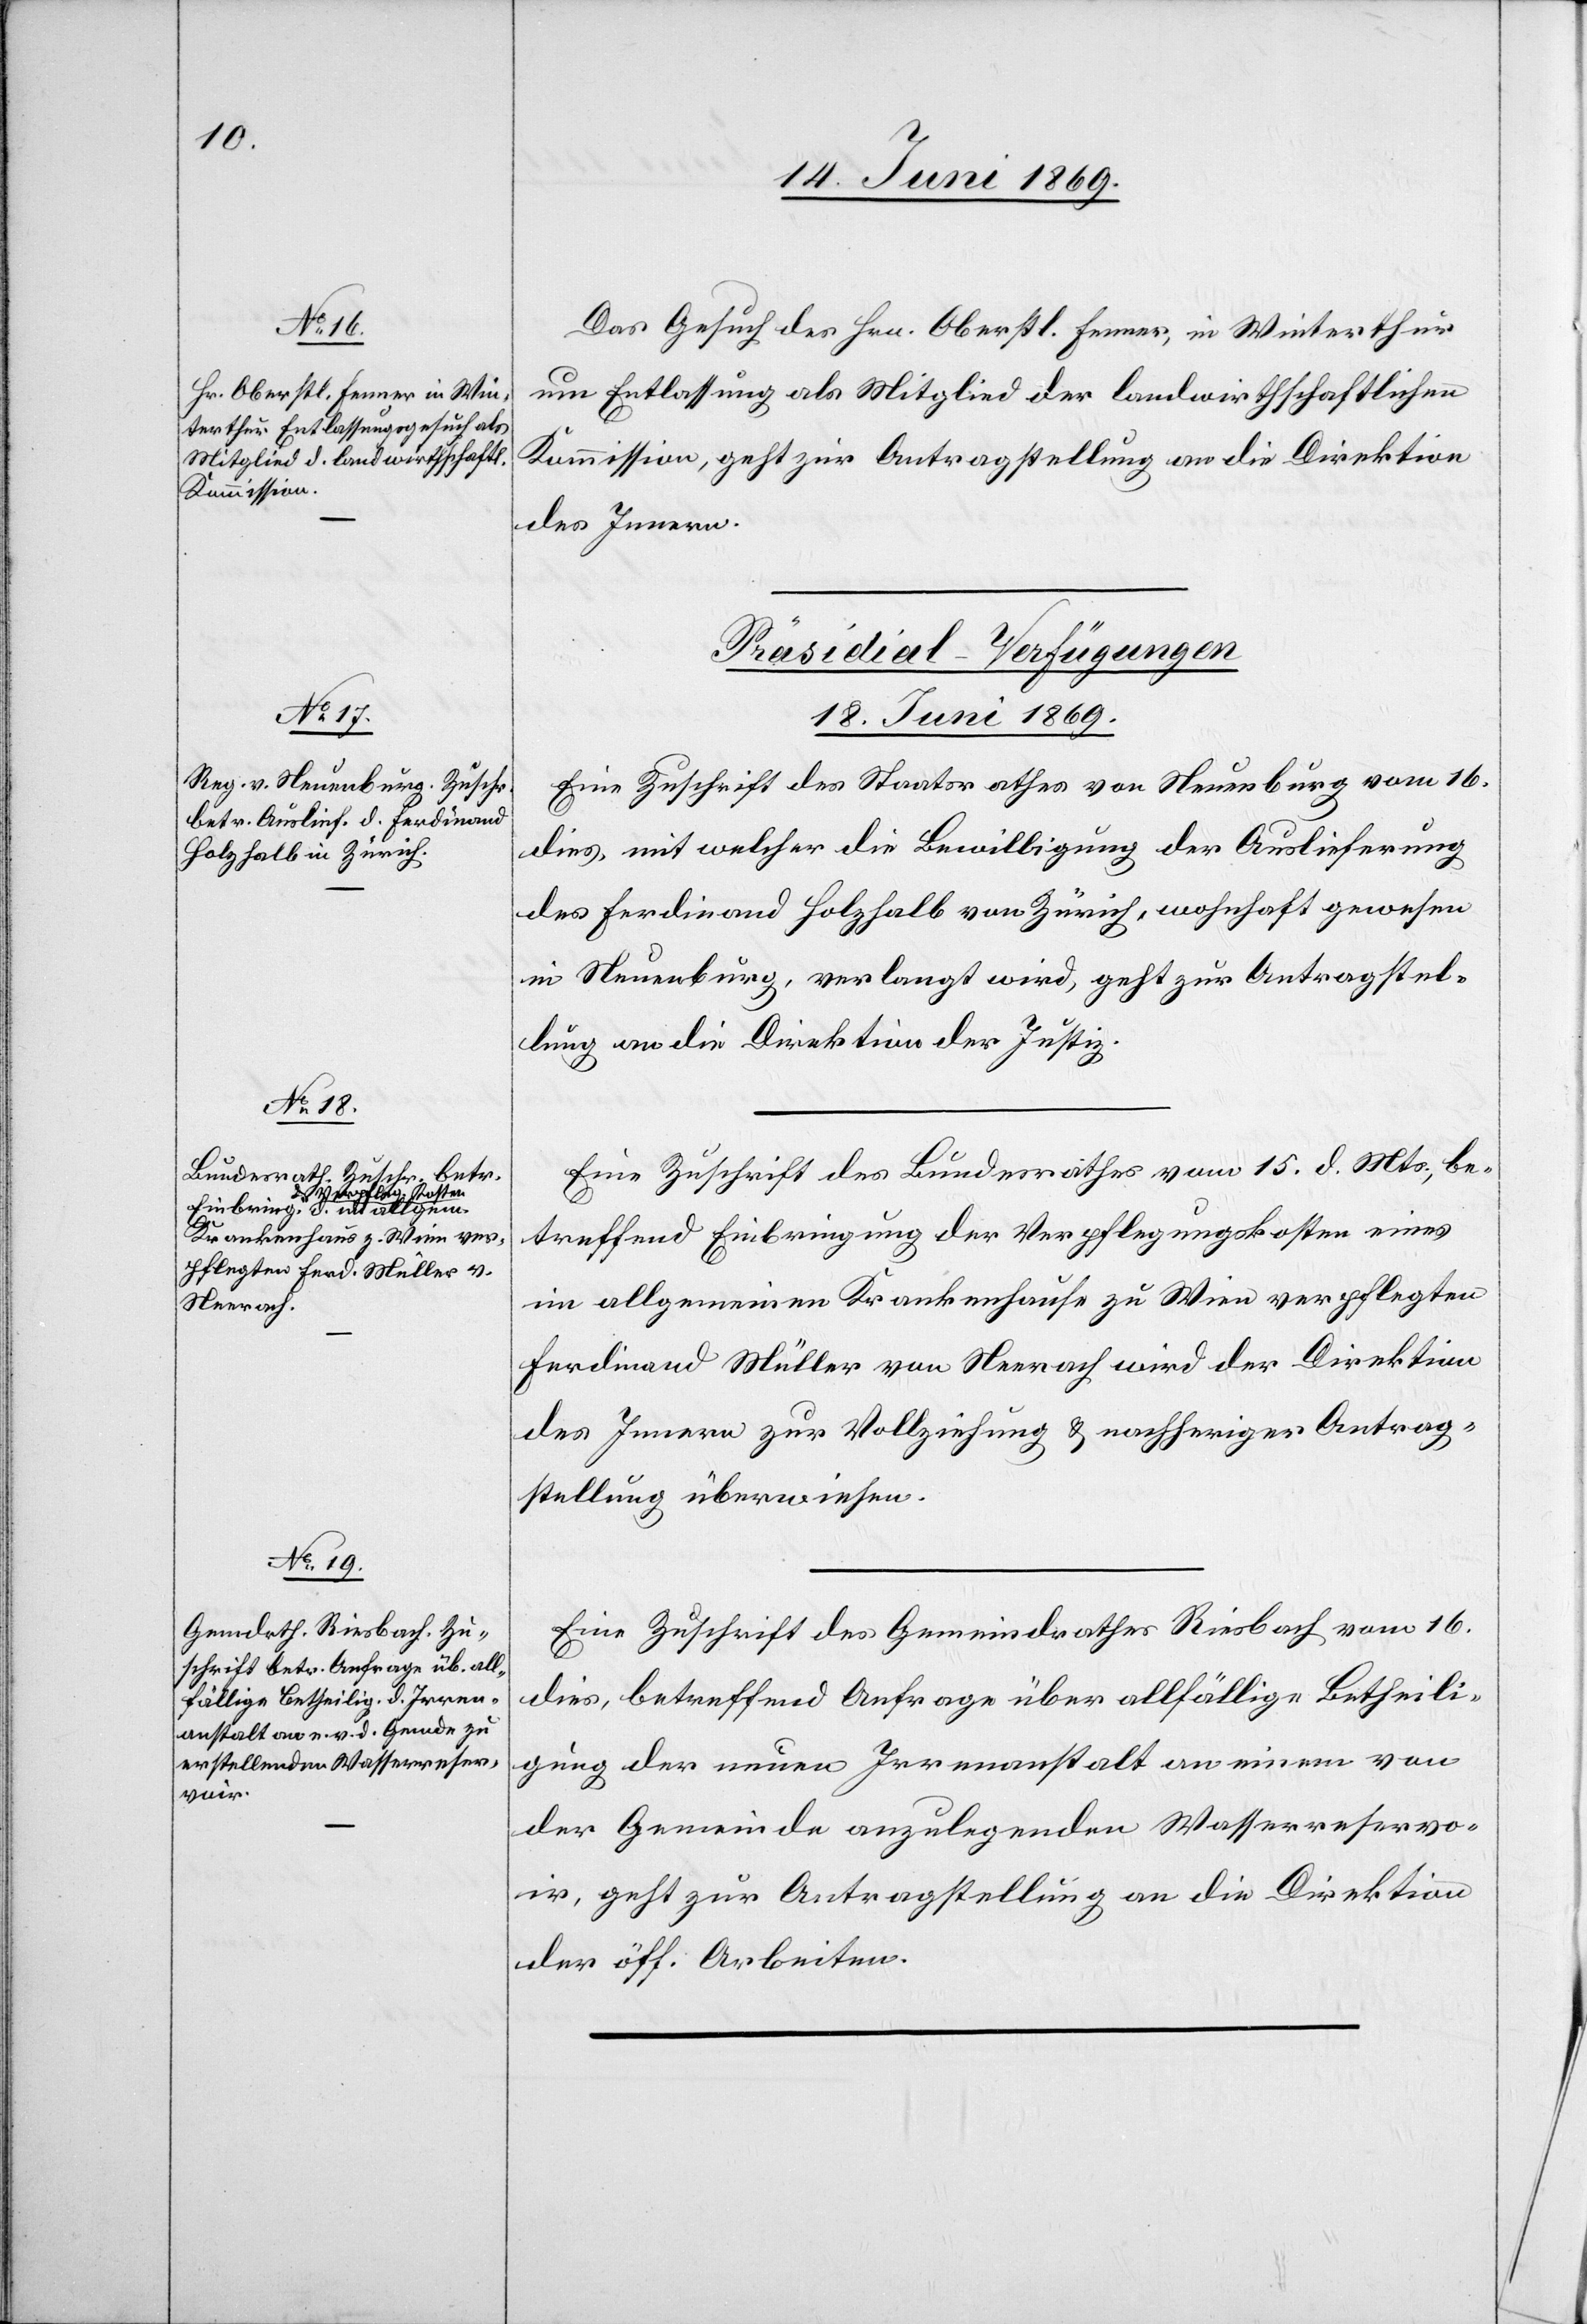
Das Gesuch des Hrn. Oberst Fenner, in Winterthur
um Entlassung, als Mitglied der landwirthschaftlichen
Kommission, geht zur Antragstellung an die Direktion
des Innern.
[Präsidial-Verfügungen.
18. Juni 1869.]
Eine Zuschrift des Staatsrathes von Neuenburg vom 16.
dies, mit welcher die Bewilligung der Auslieferung
des Ferdinand Holzhalb von Zürich, wohnhaft gewesen
in Neuenburg, verlangt wird, geht zur Antragstel¬
lung an die Direktion der Justiz.
Eine Zuschrift des Bundesrathes vom 15. d. Mts., be¬
treffend Einbringung der Verpflegungskosten eines
im allgemeinen Krankenhause zu Wien verpflegten
Ferdinand Müller von Neerach wird der Direktion
des Innern zur Vollziehung u. nachheriger Antrag¬
stellung überwiesen.
Eine Zuschrift des Gemeindrathes Riesbach vom 16.
dies, betreffend Anfrage über allfällige Betheili¬
gung der neuen Irrenanstalt an einem von
der Gemeinden anzulegenden Wasserreservo¬
ir, geht zur Antragstellung an die Direktion
der öff. Arbeiten.